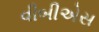
વીબીએસ